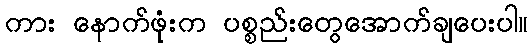
ကား နောက်ဖုံးက ပစ္စည်းတွေအောက်ချပေးပါ။